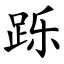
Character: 跞